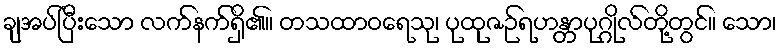
ချအပ်ပြီးသော လက်နက်ရှိ၏။ တသထာဝရေသု၊ ပုထုဇဉ်ရဟန္တာပုဂ္ဂိုလ်တို့တွင်။ သော၊